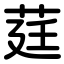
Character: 莛